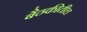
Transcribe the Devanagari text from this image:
बैठकीतील